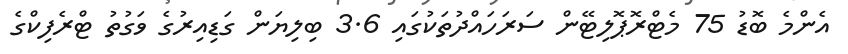
އެންމެ ބޮޑު 75 މެޓްރޮޕޮލިޓޭން ސަރަހައްދުތަކުގައި 3.6 ބިލިޔަން ގަޑިއިރުގެ ވަގުތު ޓްރެފިކްގެ